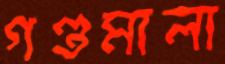
গণ্ডমালা